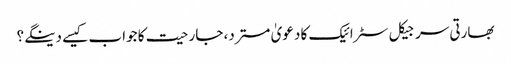
بھارتی سرجیکل سٹرائیک کا دعویٰ مسترد، جارحیت کا جواب کیسے دینگے؟